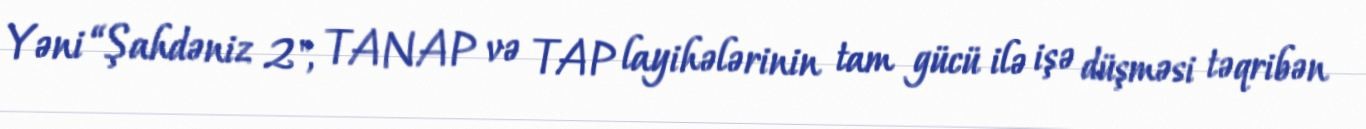
Yəni “Şahdəniz 2", TANAP və TAP layihələrinin tam gücü ilə işə düşməsi təqribən